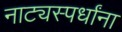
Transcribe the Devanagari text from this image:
नाट्यस्पर्धांना